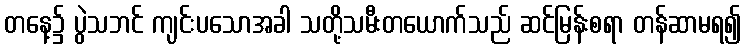
တနေ့၌ ပွဲသဘင် ကျင်းပသောအခါ သတို့သမီးတယောက်သည် ဆင်မြန်းစရာ တန်ဆာမရ၍